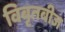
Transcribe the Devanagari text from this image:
विबृतबीज